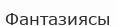
Фантазиясы